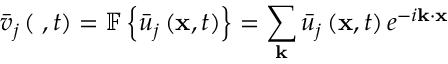
{ { \bar { v } } _ { j } } \left( { { \bf { \kappa } } , t } \right) = \mathbb { F } \left\{ { { { \bar { u } } _ { j } } \left( { { \bf { x } } , t } \right) } \right\} = \sum _ { \bf { k } } { { { \bar { u } } _ { j } } \left( { { \bf { x } } , t } \right) { e ^ { - i { \bf { k } } \cdot { \bf { x } } } } }